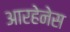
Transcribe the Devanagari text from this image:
आरहेनेस